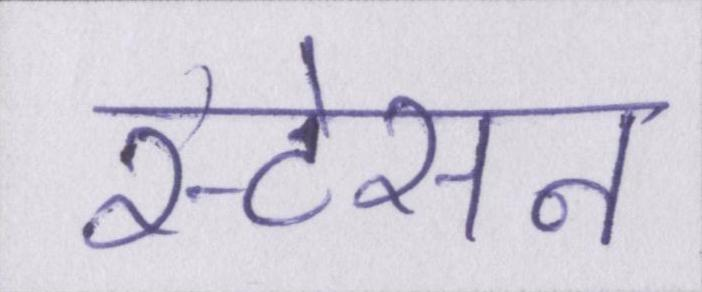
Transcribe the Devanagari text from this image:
स्टेसन